Leaving Certificate Examination, 1902
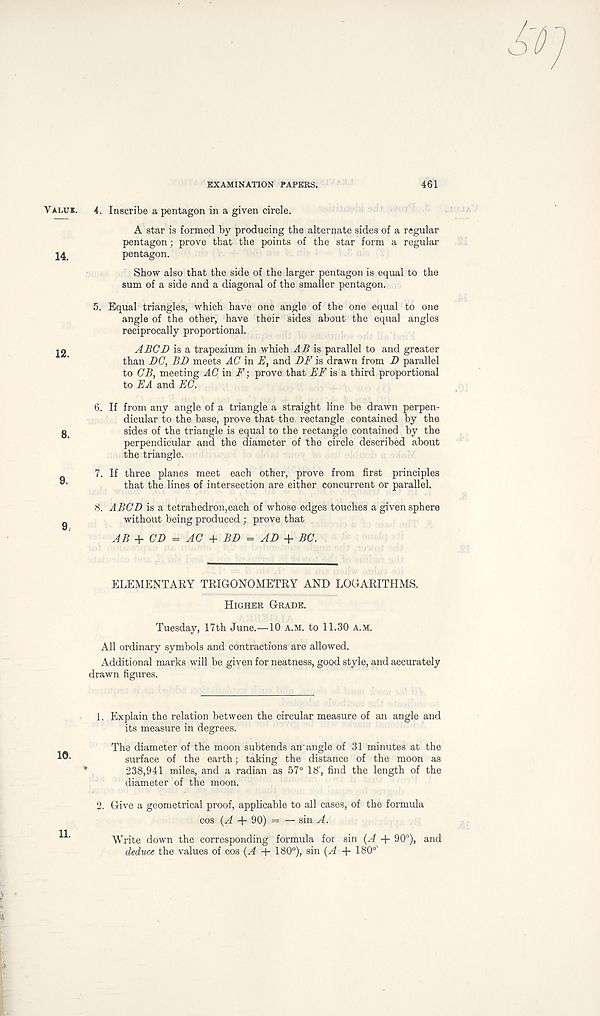
EXAMINATION PAPERS.
461
4. Inscribe a pentagon in a given circle.
A star is formed by producing the alternate sides of a regular
pentagon; prove that the points of the star form a regular
pentagon.
Show also that the side of the larger pentagon is equal to the
sum of a side and a diagonal of the smaller pentagon.
5. Equal triangles, which have one angle of the one equal to one
angle of the other, have their sides about the equal angles
reciprocally proportional.
ABCD is a trapezium in which AB is parallel to and greater
than DC, BD meets AC in E, and DF is drawn from D parallel
to CB, meeting AC in F prove that EF is a third proportional
to EA and EC,
6. If from any angle of a triangle a straight line be drawn perpen-
dicular to the base, prove that the rectangle contained by the
sides of the triangle is equal to the rectangle contained by the
perpendicular and the diameter of the circle described about
the triangle.
7. If three planes meet each other, prove from first principles
that the lines of intersection are either concurrent or parallel.
8. ABCD is a tetrahedron,each of whose edges touches a given sphere
without being produced ; prove that
AB + CD = AC + BD = AD + BC.
ELEMENTARY TRIGONOMETRY AND LOGARITHMS.
Higher Grade.
Tuesday, 17th June.—10 a.m. to 11.30 a.m.
All ordinary symbols and contractions are allowed.
Additional marks will be given for neatness, good style, and accurately
drawn figures.
1. Explain the relation between the circular measure of an angle and
its measure in degrees.
The diameter of the moon subtends an'angle of 31 minutes at the
surface of the earth; taking the distance of the moon as
238,941 miles, and a radian as 57° 18' , find the length of the
diameter of the moon.
2. Give a geometrical proof, applicable to all cases, of the formula
cos {A -|- 90) = — sin A.
Write down the corresponding formula for sin (A + 90°), and
deduce the values of cos (A + 180°), sin (A + 180°'